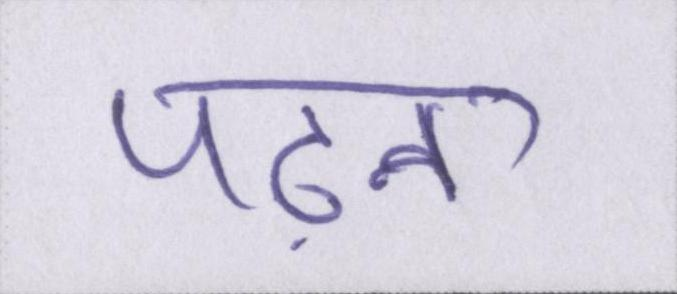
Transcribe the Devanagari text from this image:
पढ़ना